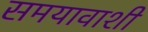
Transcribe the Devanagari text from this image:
समयावाशी